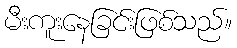
မီးကူးနေခြင်းဖြစ်သည်။